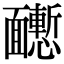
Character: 𩉒